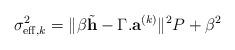
LaTeX: \begin{align*}\sigma^2_{\mathrm{eff},k}=\|\beta\tilde{\mathbf{h}}-\Gamma.\mathbf{a}^{(k)}\|^2P+\beta^2\end{align*}